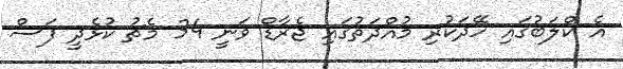
އެ ކްލަބުގައި ހޭދަކުރި މުއްދަތުގައި ޖެރާޑް ވަނީ 34 މެޗު ކުޅެދީ ފަސް